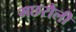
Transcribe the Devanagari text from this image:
मछरौली